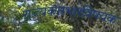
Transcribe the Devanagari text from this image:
राज्यकारभारविषयक